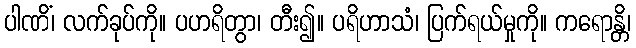
ပါဏိံ၊ လက်ခုပ်ကို။ ပဟရိတွာ၊ တီး၍။ ပရိဟာသံ၊ ပြက်ရယ်မှုကို။ ကရောန္တိ၊